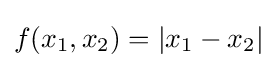
f(x_{1},x_{2})=|x_{1}-x_{2}|